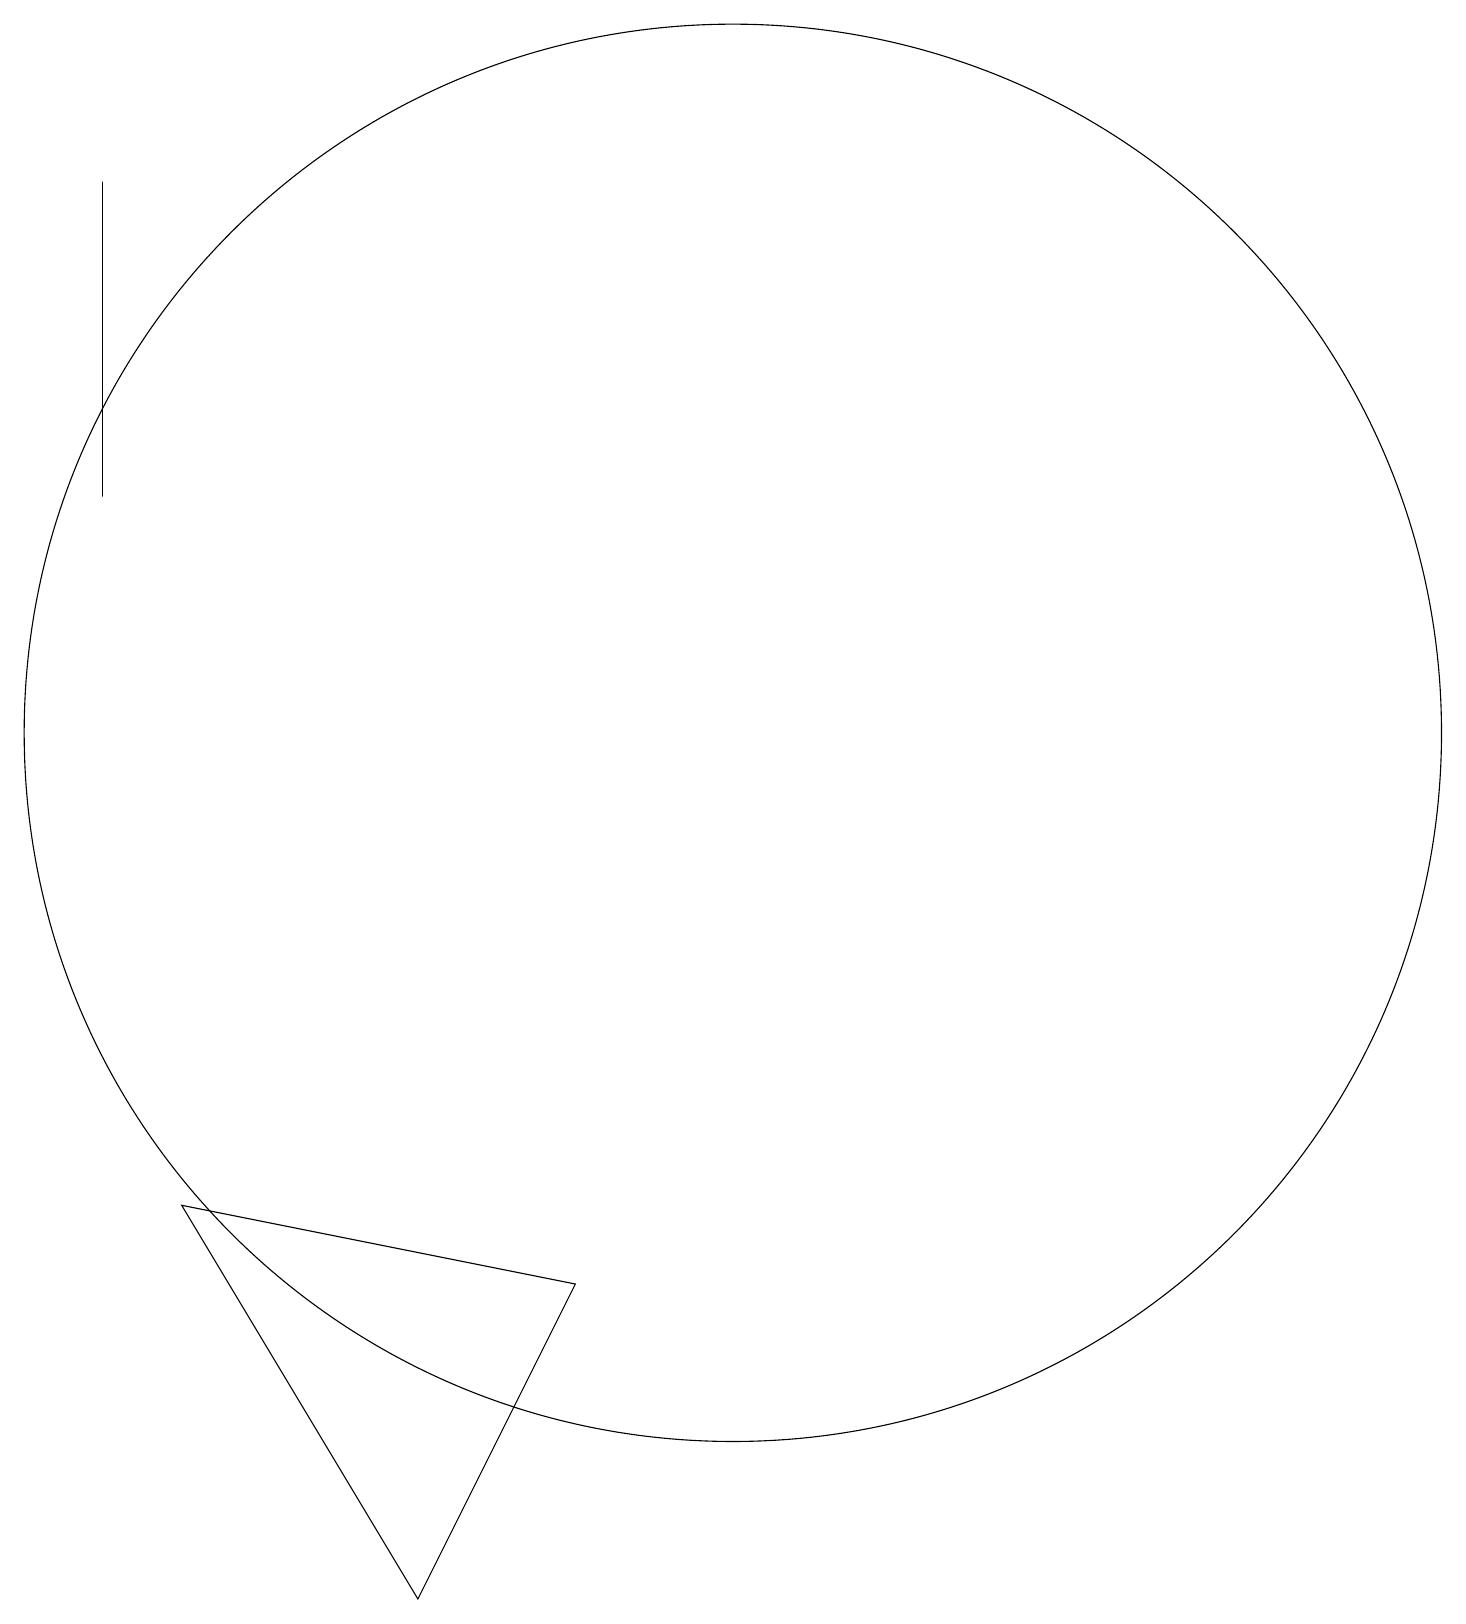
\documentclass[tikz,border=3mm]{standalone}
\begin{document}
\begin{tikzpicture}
\draw (4,6) -- (7,1) -- (9,5) -- cycle;
\draw (3,15) rectangle (3,19);
\draw (11,12) circle (9);
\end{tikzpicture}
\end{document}